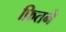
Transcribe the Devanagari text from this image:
फ़ितने